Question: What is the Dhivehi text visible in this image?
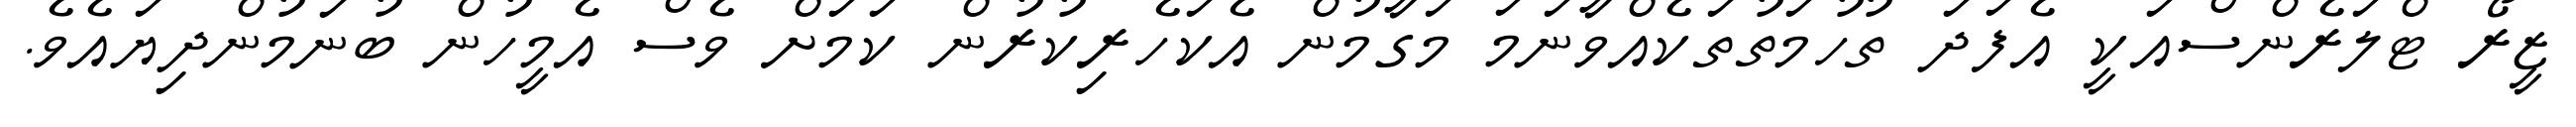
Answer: ޒީރޯ ޓްލަރެންސްއަކީ އެފަދަ ތުހުމަތުތަކެއްވާނަމަ މަގާމުން އެކަހެރިކުރުން ކަމަށް ވެސް އެމީހުން ބުނަމުންދިޔައެވެ.